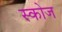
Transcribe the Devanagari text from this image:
स्कोज